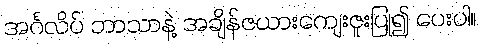
အင်္ဂလိပ် ဘာသာနဲ့ အချိန်ဇယားကျေးဇူးပြု၍ ပေးပါ။